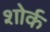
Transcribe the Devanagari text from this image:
शोर्क